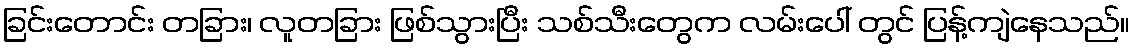
ခြင်းတောင်း တခြား၊ လူတခြား ဖြစ်သွားပြီး သစ်သီးတွေက လမ်းပေါ် တွင် ပြန့်ကျဲနေသည်။